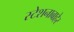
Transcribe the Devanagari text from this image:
स्टेशनाबाहेर